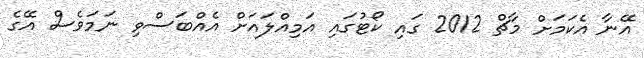
އޭނާ އެކަމަށް މާޗް 2012 ގައި ކޯޓުގައި އަމިއްލައަށް އެއްބަސްވި ނަމަވެސް އޭގެ